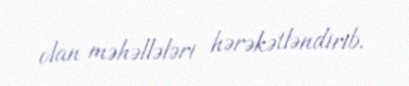
olan məhəllələri hərəkətləndirib.